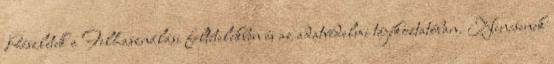
Részletek a Felhasználási feltételekben és az adatvédelmi tájékoztatóban. Nincsenek